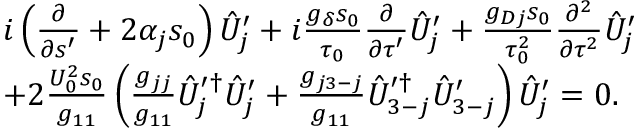
\begin{array} { r l } & { i \left( \frac { \partial } { \partial s ^ { \prime } } + 2 \alpha _ { j } s _ { 0 } \right) \hat { U } _ { j } ^ { \prime } + i \frac { g _ { \delta } s _ { 0 } } { \tau _ { 0 } } \frac { \partial } { \partial \tau ^ { \prime } } \hat { U } _ { j } ^ { \prime } + \frac { g _ { D j } s _ { 0 } } { \tau _ { 0 } ^ { 2 } } \frac { \partial ^ { 2 } } { \partial \tau ^ { 2 } } \hat { U } _ { j } ^ { \prime } } \\ & { + 2 \frac { U _ { 0 } ^ { 2 } s _ { 0 } } { g _ { 1 1 } } \left( \frac { g _ { j j } } { g _ { 1 1 } } \hat { U } _ { j } ^ { \prime \dag } \hat { U } _ { j } ^ { \prime } + \frac { g _ { j 3 - j } } { g _ { 1 1 } } \hat { U } _ { 3 - j } ^ { \prime \dagger } \hat { U } _ { 3 - j } ^ { \prime } \right) \hat { U } _ { j } ^ { \prime } = 0 . } \end{array}